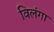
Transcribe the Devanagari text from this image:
विलंगा